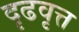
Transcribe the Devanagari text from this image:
दृढवृत्त